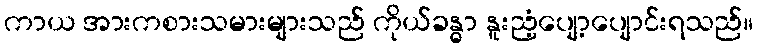
ကာယ အားကစားသမားများသည် ကိုယ်ခန္ဓာ နူးညံ့ပျော့ပျောင်းရသည်။